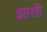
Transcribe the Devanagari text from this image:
झासी